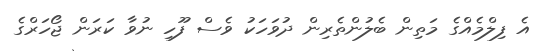
އެ ފިލްމެއްގެ މަތިން ބެލުންތެރިން ދުވަހަކު ވެސް ފޫހި ނުވާ ކަރަން ޖޯހަރްގެ